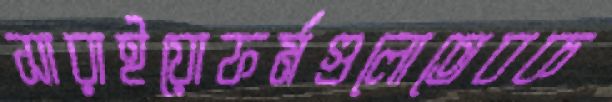
সারাইয়োফর্মগুলোতেবক